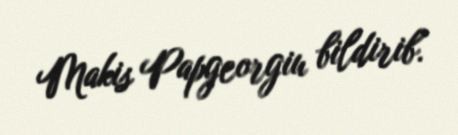
Makis Papgeorgiu bildirib.